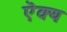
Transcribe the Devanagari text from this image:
ऎक्य